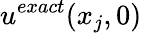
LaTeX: u^{exact}(x_{j},0)